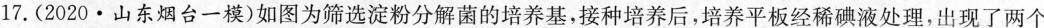
17.(2020·山东烟台一模)如图为筛选淀粉分解菌的培养基，接种培养后，培养平板经稀碘液处理，出现了两个